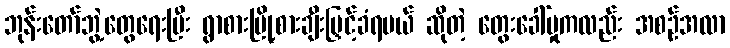
ဘုန်းတော်ဘွဲ့တွေရေးပြီး ရွာစားမြို့စားချီးမြှင့်ခံရမယ် ဆိုတဲ့ တွေးခေါ်မှုကလည်း အစဉ်အလာ